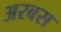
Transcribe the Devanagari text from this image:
अरबस